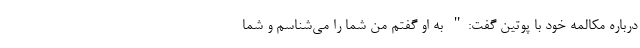
درباره مکالمه خود با پوتین گفت:" به او گفتم من شما را می‌شناسم و شما